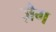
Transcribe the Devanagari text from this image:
ज़ैग